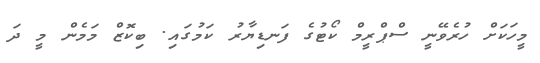
މީހަކަށް ހުރެވޭނީ ސްޕްރީމް ކޯޓުގެ ފަނޑިޔާރު ކަމުގައި. ބިކޮޒް މަމެން މީ ދަ